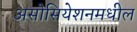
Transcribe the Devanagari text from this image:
असोसियेशनमधील